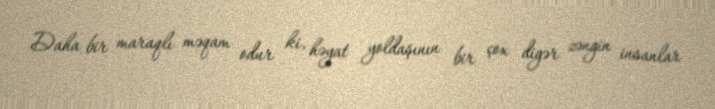
Daha bir maraqlı məqam odur ki, həyat yoldaşının bir çox digər zəngin insanlar